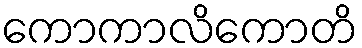
ကောကာလိကောတိ